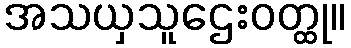
အသယှသူဌေးဝတ္ထု။